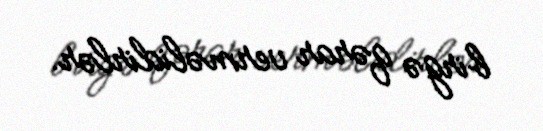
birgə qərar verməlidirlər.